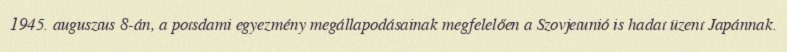
1945. augusztus 8-án, a potsdami egyezmény megállapodásainak megfelelően a Szovjetunió is hadat üzent Japánnak.